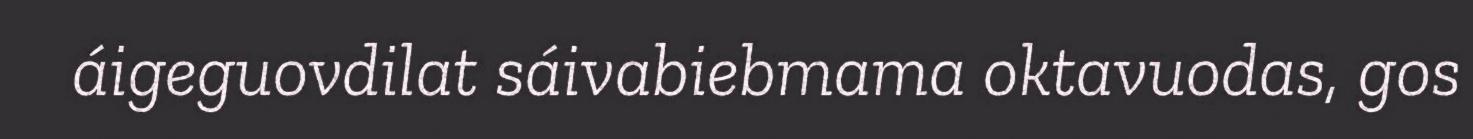
áigeguovdilat sáivabiebmama oktavuodas, gos